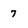
Character: 7